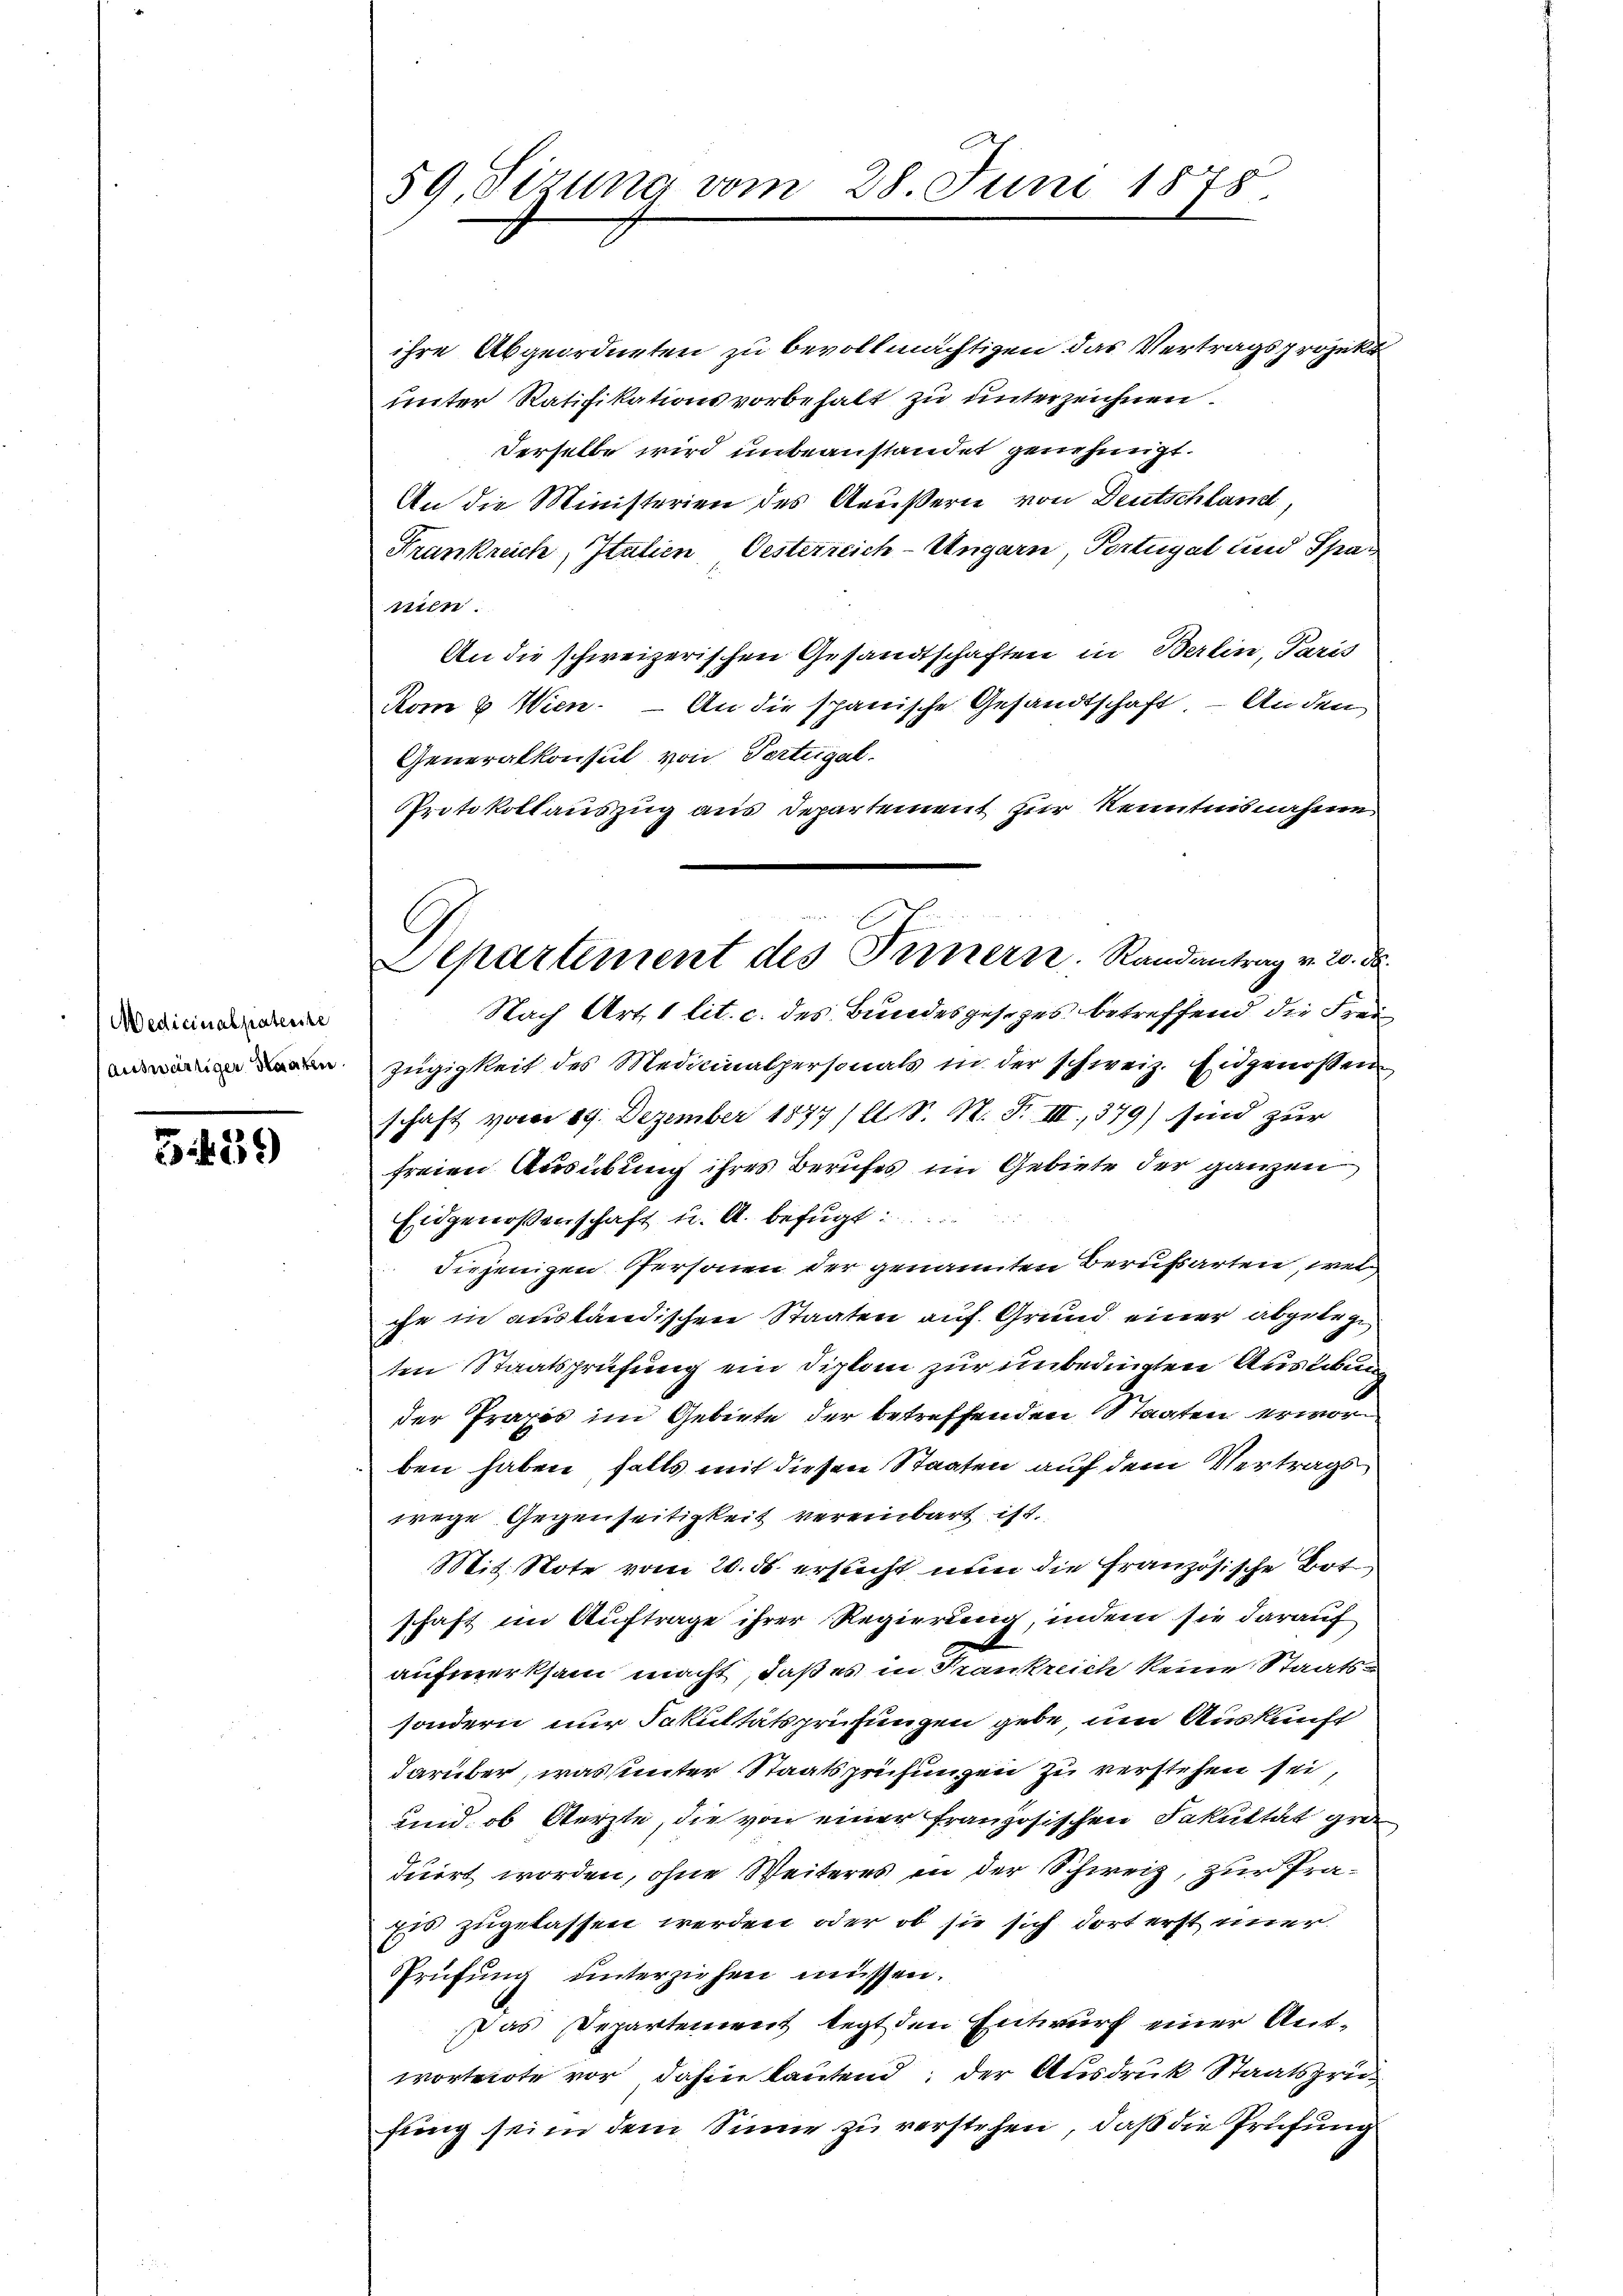
Medicinal paterste
auswärtiger Staaten.

3439

59, Sirung vom 28. Juni 1878

ihre Abgeordneten zu bevollmächtigen das Vertragsprojekt
unter Ratifikationsvorbehalt zu unterzeichnen.
derselbe wird unbeanstandet genehmigt.
An die Ministerien des Aeußern von Deutschland,
Frankreich, Italien Oesterreich-Ungarn Portugal und Spar
nien.
An die schweizerischen Gesandtschaften in Berlin, Paris
om 8. Wien. – An die spanische Gesandtschaft. – Anden
Generalkonsul von Portugal.
Protokollauszug aus Departement zur Kenntnisnahme

Departement des Ternern. Randantrag v. 20. ds.

Nach Art. 1 lit. c. des Bundesgesezes betreffend die Frei
Zügigkeit des Medicinalpersonals in der schweiz. Eidgenossen
schaft vom 19. Dezember 1877 (lt. S. N. F. III., 379) sind zur
freien Ausübung ihres Berufes im Gebiete der ganzen
Eidgenossenschaft u. A. befugt
diejenigen Personen der genannten Berufsarten, welch
che in ausländischen Staaten auf Grund einer abgelege
ten Staatsprüfung ein Diplon zur unbedingten Ausübung
der Praxis im Gebiete der betreffenden Staaten erworben haben, falls mit diesen Staaten auf dem Vertrags
wege Gegenseitigkeit vereinbart ist.
Mit Note vom 20. ds. ersucht nun die Französische Bot
schaft im Auftrage ihrer Regierung, indem sie darauf
aufmerksam macht, daß es in Frankreich keine Staatssondern nur Fakultätsprüfungen gebe um Auskunft
darüber, was unter Staatsprüfungen zu verstehen sei,
und ob Aerzte, die von einer französischen Fakultät gro
duirt worden, ohne Weiteres in der Schweiz, zur Prä¬
Ess zugelassen werden oder ob sie sich dort erst immer
Prüfung unterziehen müssen.
Pas Departement legt den Entwurf einer Antworterote vor dahin lautend; der Ausdruck Staatsprü
fung sein dem Sinne zu verstehen, daß die Prüfung